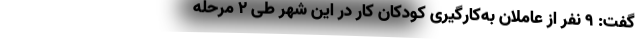
گفت: ۹ نفر از عاملان به‌کارگیری کودکان کار در این شهر طی ۲ مرحله